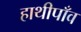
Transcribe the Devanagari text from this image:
हाथीपाँव